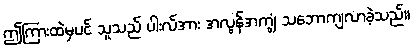
ဤကြားထဲမှပင် သူသည် ပါးလ်အား အလွန်အကျွံ သဘောကျလာခဲ့သည်။